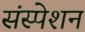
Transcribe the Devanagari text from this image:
संस्पेशन